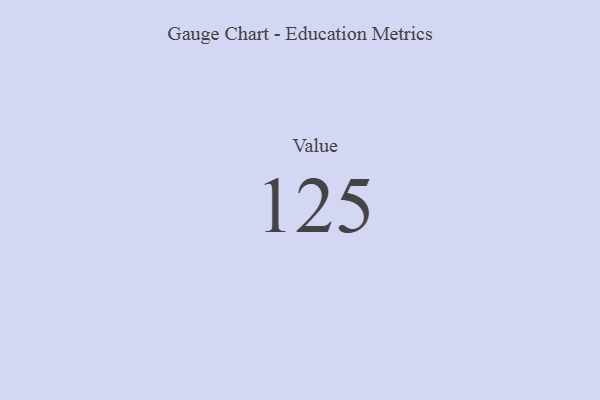
{"axis": {"x": "Metric", "y": "Value"}, "legend": [""], "data": [{"x": "Value", "y": 125, "type": ""}]}